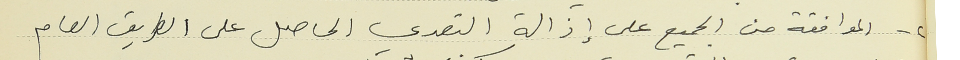
٢ - الموافقة من الجميع على إزالة التعدي الحاصل على الطريق العام